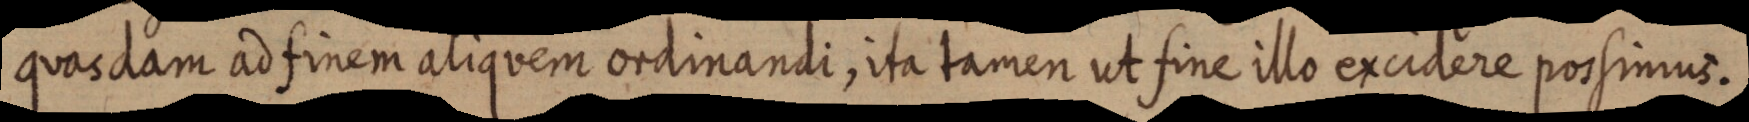
quasdam ad finem aliquem ordinandi, ita tamen ut fine illo excidere possimus.